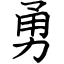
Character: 勇